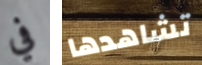
في تشاهدها